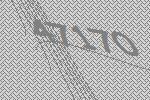
47170